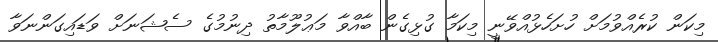
މިކަން ކުރެއްވުމަށް ހުށަހެޅުއްވޭނީ މިކަމާ ގުޅިގެން ބާއްވާ މަޢުލޫމާތު ދިނުމުގެ ސެޝަނަށް ވަޑައިގަންނަވާ